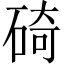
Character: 碕